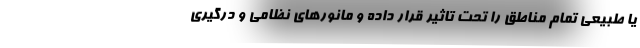
یا طبیعی تمام مناطق را تحت تاثیر قرار داده و مانورهای نظامی و درگیری